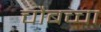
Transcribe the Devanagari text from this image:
चौबच्चा